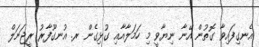
އެނގިފައިވާ ގޮތުން އޭނާ ނިޔާވީ މި ހަމަލާއާއި ގުޅިގެން ރ. އުނގޫފާރު ރީޖަނަލް